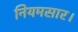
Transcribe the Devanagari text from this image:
नियमसार।